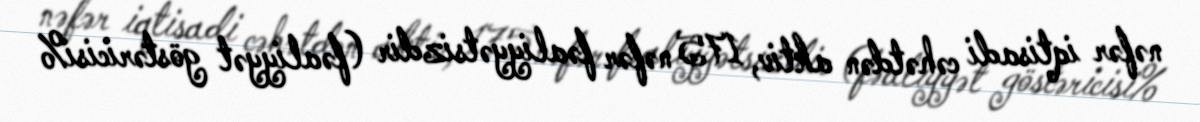
nəfər iqtisadi cəhətdən aktiv, 175 nəfər fəaliyyətsizdir (fəaliyyət göstəricisi%